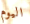
اليوم